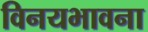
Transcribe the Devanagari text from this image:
विनयभावना